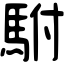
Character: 駙